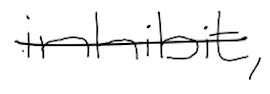
Text: inhibit,
Cross-out: single-line
Writing tool: digital_black